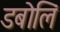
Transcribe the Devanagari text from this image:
डबोलिं